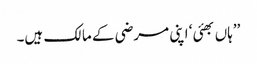
’’ہاں بھئی ‘ اپنی مرضی کے مالک ہیں۔